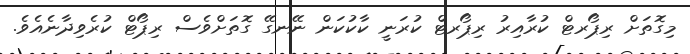
މިގޮތަށް ރިޕޯރޓް ކުރާއިރު ރިޕޯރޓް ކުރަނީ ކާކުކަން ނޭނގޭ ގޮތަށްވެސް ރިޕޯޓް ކުރެވިދާނެއެވެ.